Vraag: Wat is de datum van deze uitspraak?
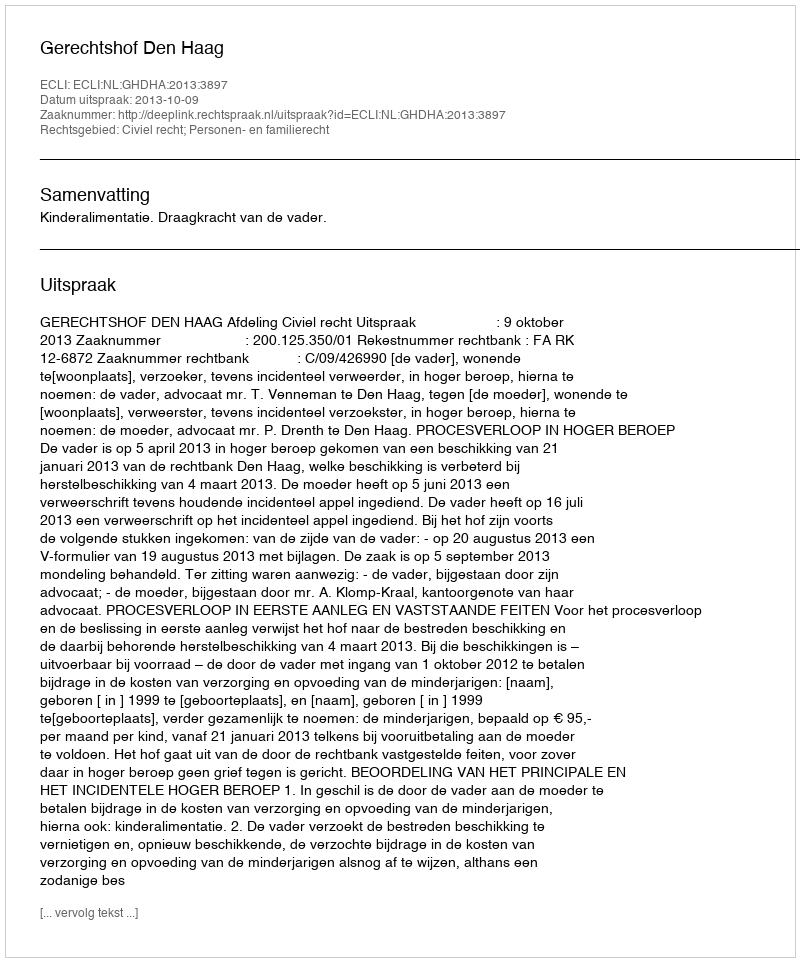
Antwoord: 2013-10-09